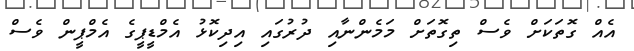
އެއް ގޮތަކަށް ވެސް ތިގޮތަށް މަމެންނާއި ދުރުގައި އިދިކޮޅު އެމްޑީޕީގެ އެމްޕީން ވެސް